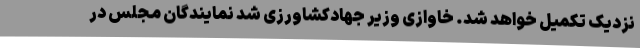
نزدیک تکمیل خواهد شد. خاوازی وزیر جهادکشاورزی شد نمایندگان مجلس در